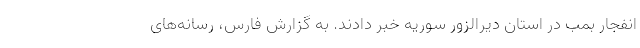
انفجار بمب در استان دیرالزور سوریه خبر دادند. به گزارش فارس، رسانه‌های